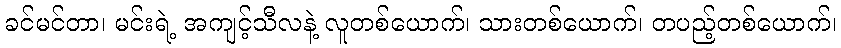
ခင်မင်တာ၊ မင်းရဲ့ အကျင့်သီလနဲ့ လူတစ်ယောက်၊ သားတစ်ယောက်၊ တပည့်တစ်ယောက်၊